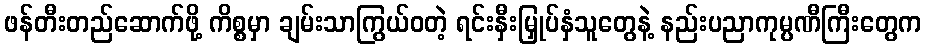
ဖန်တီးတည်ဆောက်ဖို့ ကိစ္စမှာ ချမ်းသာကြွယ်ဝတဲ့ ရင်းနှီးမြှုပ်နှံသူတွေနဲ့ နည်းပညာကုမ္ပဏီကြီးတွေက